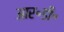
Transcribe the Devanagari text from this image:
आर॰डी॰